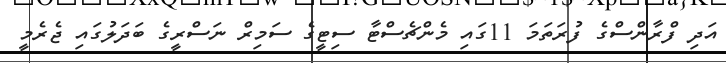
އަދި ފްރާންސްގެ ފުރަތަމަ 11ގައި މެންޗެސްޓާ ސިޓީގެ ސަމިރް ނަސްރީގެ ބަދަލުގައި ޖެރެމީ